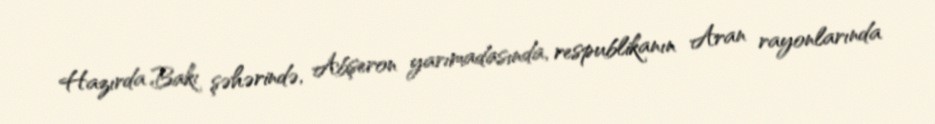
Hazırda Bakı şəhərində, Abşeron yarımadasında, respublikanın Aran rayonlarında